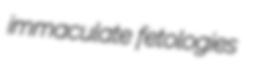
immaculate fetologies